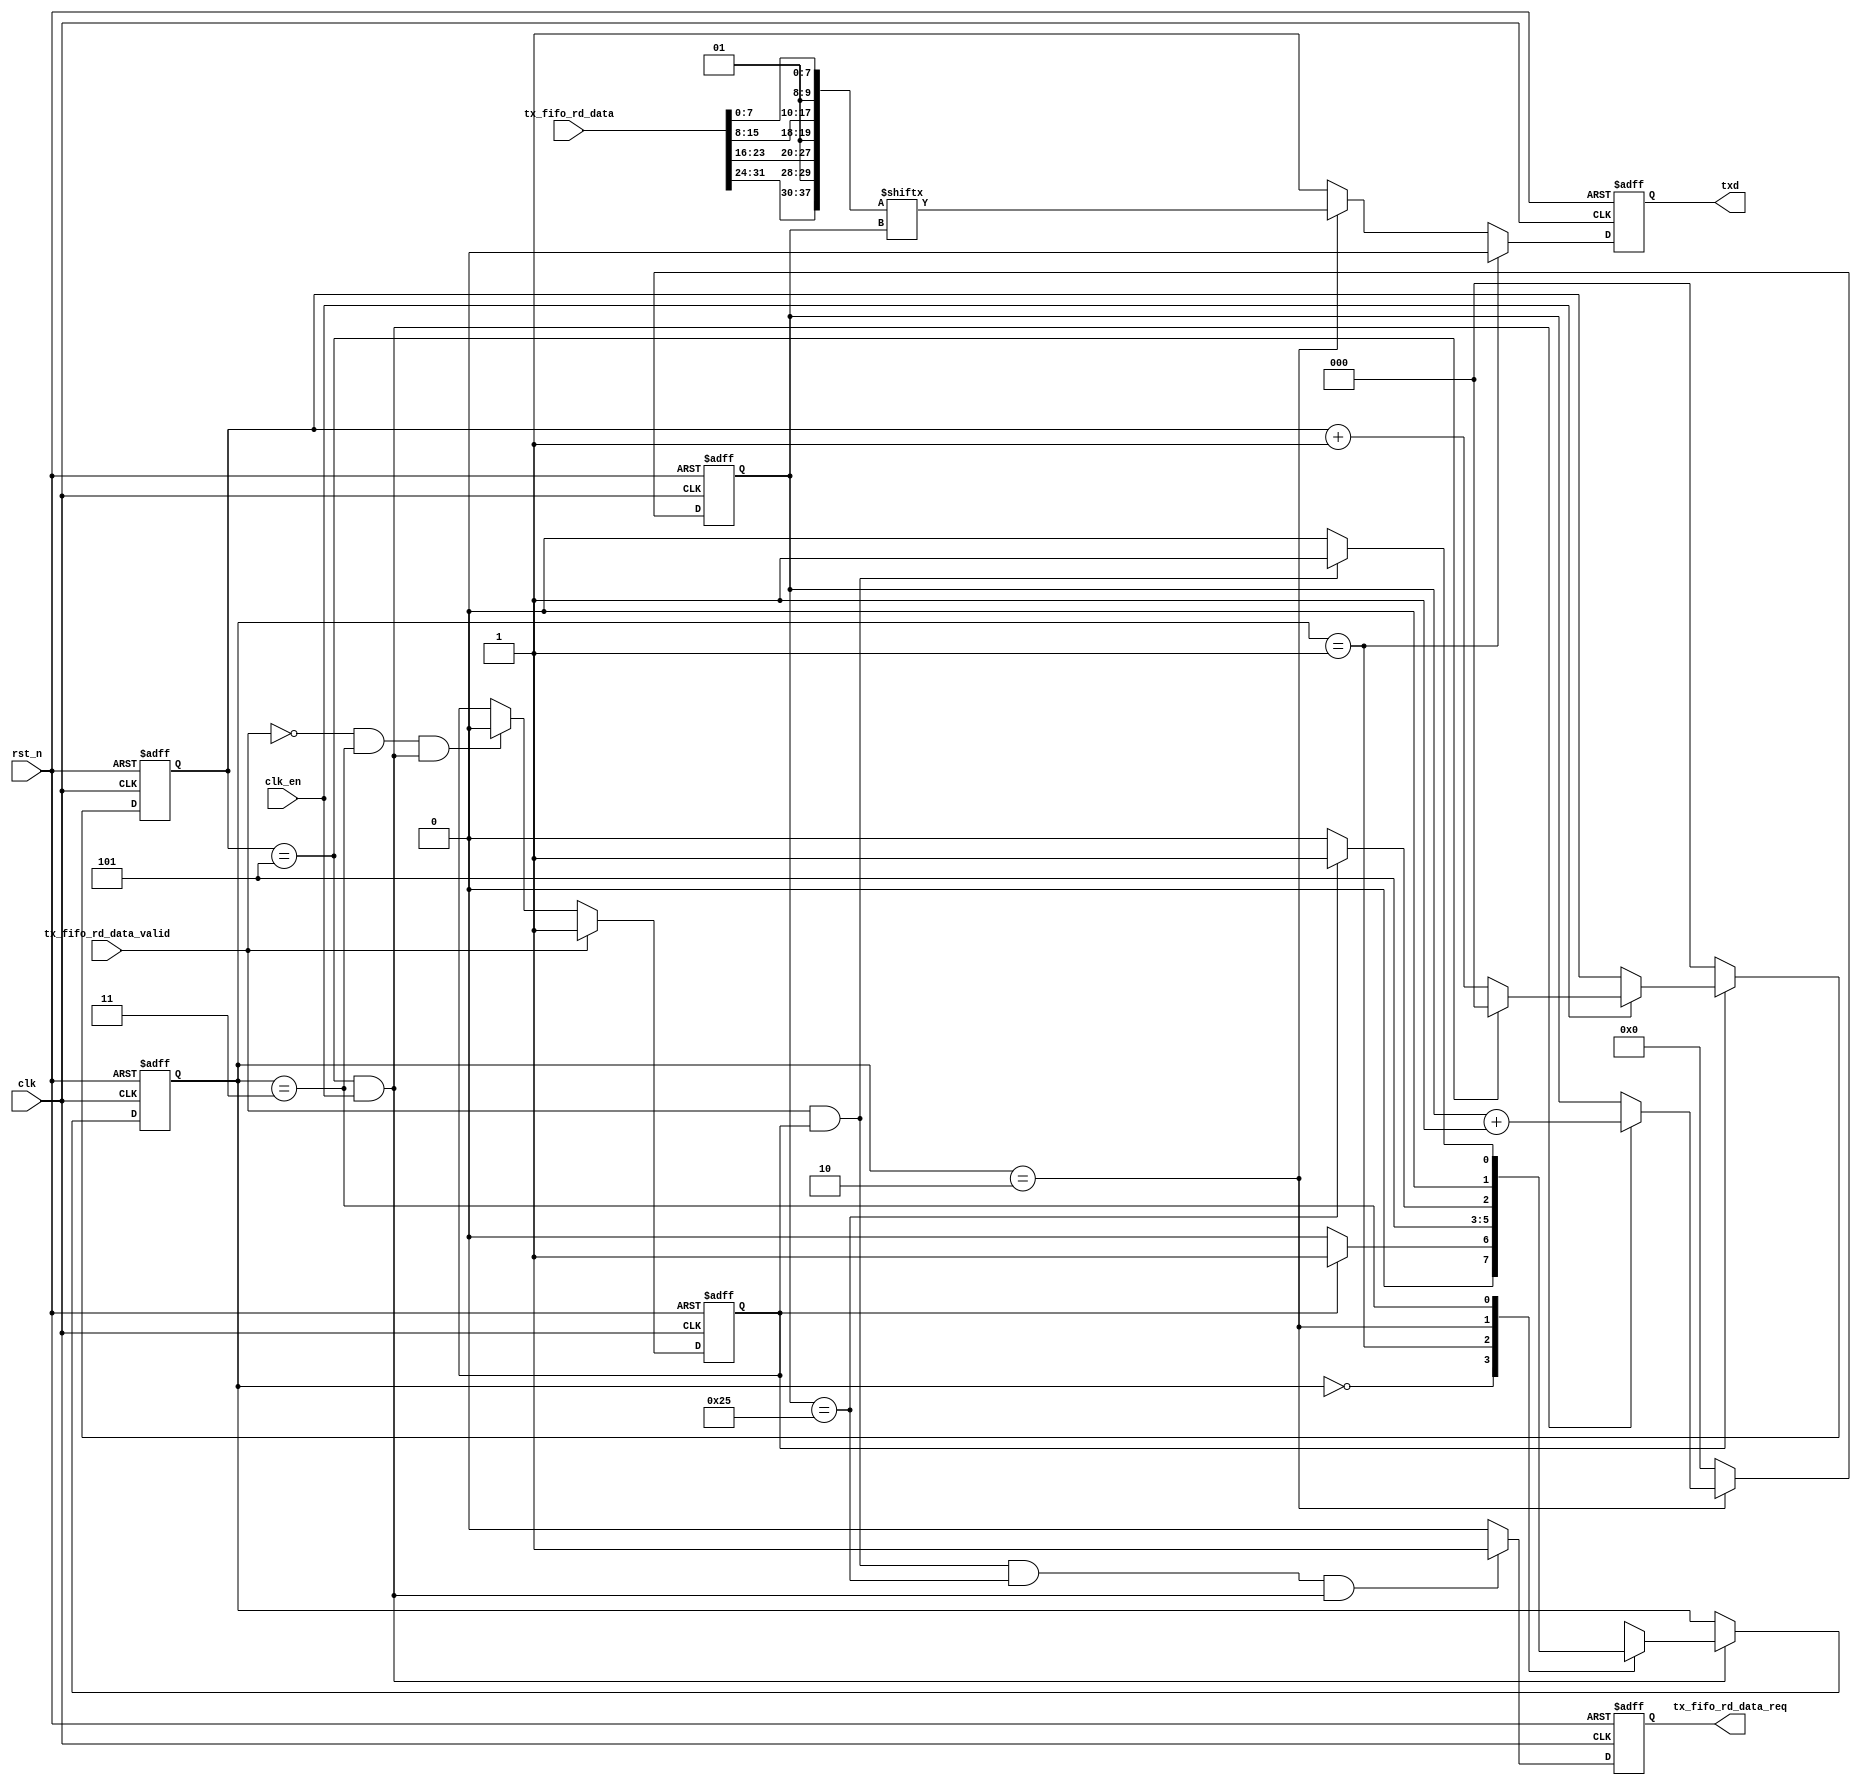
// This program was cloned from: https://github.com/flytt-away/FPGA-Video-Capture
// License: MIT License


//////////////////////////////////////////////////////////////////////////////
//
// Copyright (c) 2020 PANGO MICROSYSTEMS, INC
// ALL RIGHTS REVERVED.
//
// THE SOURCE CODE CONTAINED HEREIN IS PROPRIETARY TO PANGO MICROSYSTEMS, INC.
// IT SHALL NOT BE REPRODUCED OR DISCLOSED IN WHOLE OR IN PART OR USED BY
// PARTIES WITHOUT WRITTEN AUTHORIZATION FROM THE OWNER.
//
//////////////////////////////////////////////////////////////////////////////

`timescale 1ns/1ps

module ipsxb_seu_uart_tx(
    input  wire         clk                     ,
    input  wire         clk_en                  ,
    input  wire         rst_n                   ,

    input  wire [31:0]  tx_fifo_rd_data         ,
    input  wire         tx_fifo_rd_data_valid   ,  // Transfer the data until tx_fifo is empty
    output reg          tx_fifo_rd_data_req     ,

    output reg          txd
);

localparam IDLE  = 2'b00;
localparam START = 2'b01;
localparam DATA  = 2'b10;
localparam END   = 2'b11;

reg  [1:0]   tx_cs             ;
reg  [1:0]   tx_ns             ;
reg  [5:0]   tx_data_cnt       ;
wire         data_end          ;
reg  [2:0]   cnt               ;
wire         bit_en            ; //5 div from clk_en
reg          transmitting      ;
wire [37:0]  tx_frame_data     ;

always @(posedge clk or negedge rst_n)
begin
    if(~rst_n)
        cnt <= 3'd0;
    else if(~transmitting)
        cnt <= 3'd0;
    else if(clk_en)
    begin
        if(cnt == 3'd5)
            cnt <= 3'd0;
        else
            cnt <= cnt + 3'd1;
    end
    else;
end

assign bit_en = (cnt == 3'd5) && clk_en;

always @(posedge clk or negedge rst_n)
begin
    if(~rst_n)
        tx_cs <= IDLE;
    else if(bit_en)
        tx_cs <= tx_ns;
    else;
end

always@(*)
begin
    case(tx_cs)
        IDLE: begin
            if(transmitting)
                tx_ns = START;
            else
                tx_ns = IDLE;
        end
        START: begin
            tx_ns = DATA;
        end
        DATA: begin
            if(data_end)
                tx_ns = END;
            else
                tx_ns = DATA;
        end
        END: begin
            if(transmitting && tx_fifo_rd_data_valid)
                tx_ns = START;
            else
                tx_ns = IDLE;
        end
        default: begin
            tx_ns = IDLE;
        end
    endcase
end

//read data from fifo ,once a time
always @(posedge clk or negedge rst_n)
begin
    if(!rst_n)
        transmitting <= 0; 
    else if(tx_fifo_rd_data_valid) 
        transmitting <= 1;        
    else if(~tx_fifo_rd_data_valid && (tx_cs == END) && bit_en)
        transmitting <= 0;        
    else;
end

always @(posedge clk or negedge rst_n)
begin
    if(!rst_n)
        tx_fifo_rd_data_req <= 0;
    else if(tx_fifo_rd_data_valid && transmitting && data_end && bit_en)
        tx_fifo_rd_data_req <= 1;
    else
        tx_fifo_rd_data_req <= 0;
end

//tx data cnt
always @(posedge clk or negedge rst_n)
begin
    if(!rst_n)
        tx_data_cnt <= 6'd0;
    else if(tx_cs == DATA) 
        if(bit_en) 
            tx_data_cnt <= tx_data_cnt + 6'd1;
        else;
    else
        tx_data_cnt <= 6'd0;
end

assign data_end = tx_data_cnt == 6'd37;

assign tx_frame_data = {tx_fifo_rd_data[31:24],2'b01,tx_fifo_rd_data[23:16],2'b01,tx_fifo_rd_data[15:8],2'b01,tx_fifo_rd_data[7:0]};

always @(posedge clk or negedge rst_n)
begin
    if(!rst_n)
        txd <= 1'b1;
    else if(tx_cs == START) 
        txd <= 1'b0;
    else if(tx_cs == DATA)
        txd <= tx_frame_data[tx_data_cnt];
    else
        txd <= 1'b1;
end

endmodule